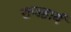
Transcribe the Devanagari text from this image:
राजहार्यं